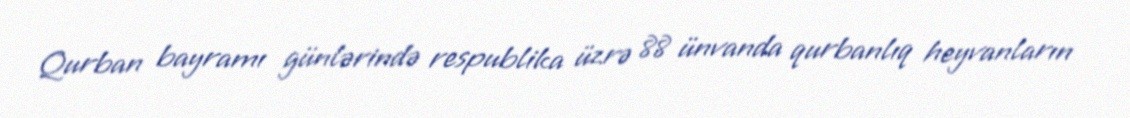
Qurban bayramı günlərində respublika üzrə 88 ünvanda qurbanlıq heyvanların